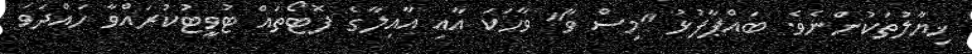
ޚިޔާލުތަކުންނެވެ. ބައްޕާފުޅު "މިސް ވާ" ވާހަކަ އާއި އާއިލާގެ ފޮޓޯތައް ޓުވީޓުކުރައްވާ ހައްދަވަ